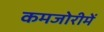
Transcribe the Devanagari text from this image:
कमजोरीमें